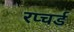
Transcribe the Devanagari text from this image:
रप्चर्ड